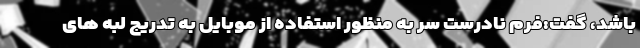
باشد، گفت:فرم نادرست سر به منظور استفاده از موبایل به تدریج لبه های